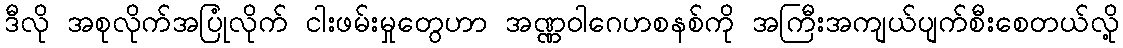
ဒီလို အစုလိုက်အပြုံလိုက် ငါးဖမ်းမှုတွေဟာ အဏ္ဏဝါဂေဟစနစ်ကို အကြီးအကျယ်ပျက်စီးစေတယ်လို့